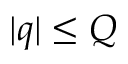
| q | \le Q